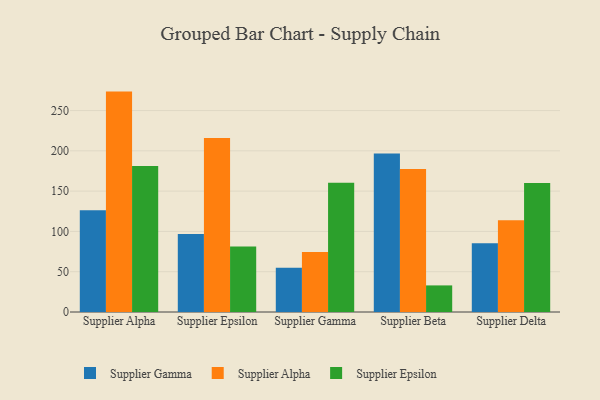
{"axis": {"x": "Supplier", "y": "Humidity (%)"}, "legend": ["Supplier Alpha", "Supplier Epsilon", "Supplier Gamma"], "data": [{"x": "Supplier Alpha", "y": 126.3, "type": "Supplier Gamma"}, {"x": "Supplier Alpha", "y": 273.5, "type": "Supplier Alpha"}, {"x": "Supplier Alpha", "y": 181.2, "type": "Supplier Epsilon"}, {"x": "Supplier Epsilon", "y": 96.7, "type": "Supplier Gamma"}, {"x": "Supplier Epsilon", "y": 215.8, "type": "Supplier Alpha"}, {"x": "Supplier Epsilon", "y": 81.2, "type": "Supplier Epsilon"}, {"x": "Supplier Gamma", "y": 55.0, "type": "Supplier Gamma"}, {"x": "Supplier Gamma", "y": 74.5, "type": "Supplier Alpha"}, {"x": "Supplier Gamma", "y": 160.3, "type": "Supplier Epsilon"}, {"x": "Supplier Beta", "y": 196.7, "type": "Supplier Gamma"}, {"x": "Supplier Beta", "y": 177.6, "type": "Supplier Alpha"}, {"x": "Supplier Beta", "y": 33.0, "type": "Supplier Epsilon"}, {"x": "Supplier Delta", "y": 85.3, "type": "Supplier Gamma"}, {"x": "Supplier Delta", "y": 114.0, "type": "Supplier Alpha"}, {"x": "Supplier Delta", "y": 160.0, "type": "Supplier Epsilon"}]}